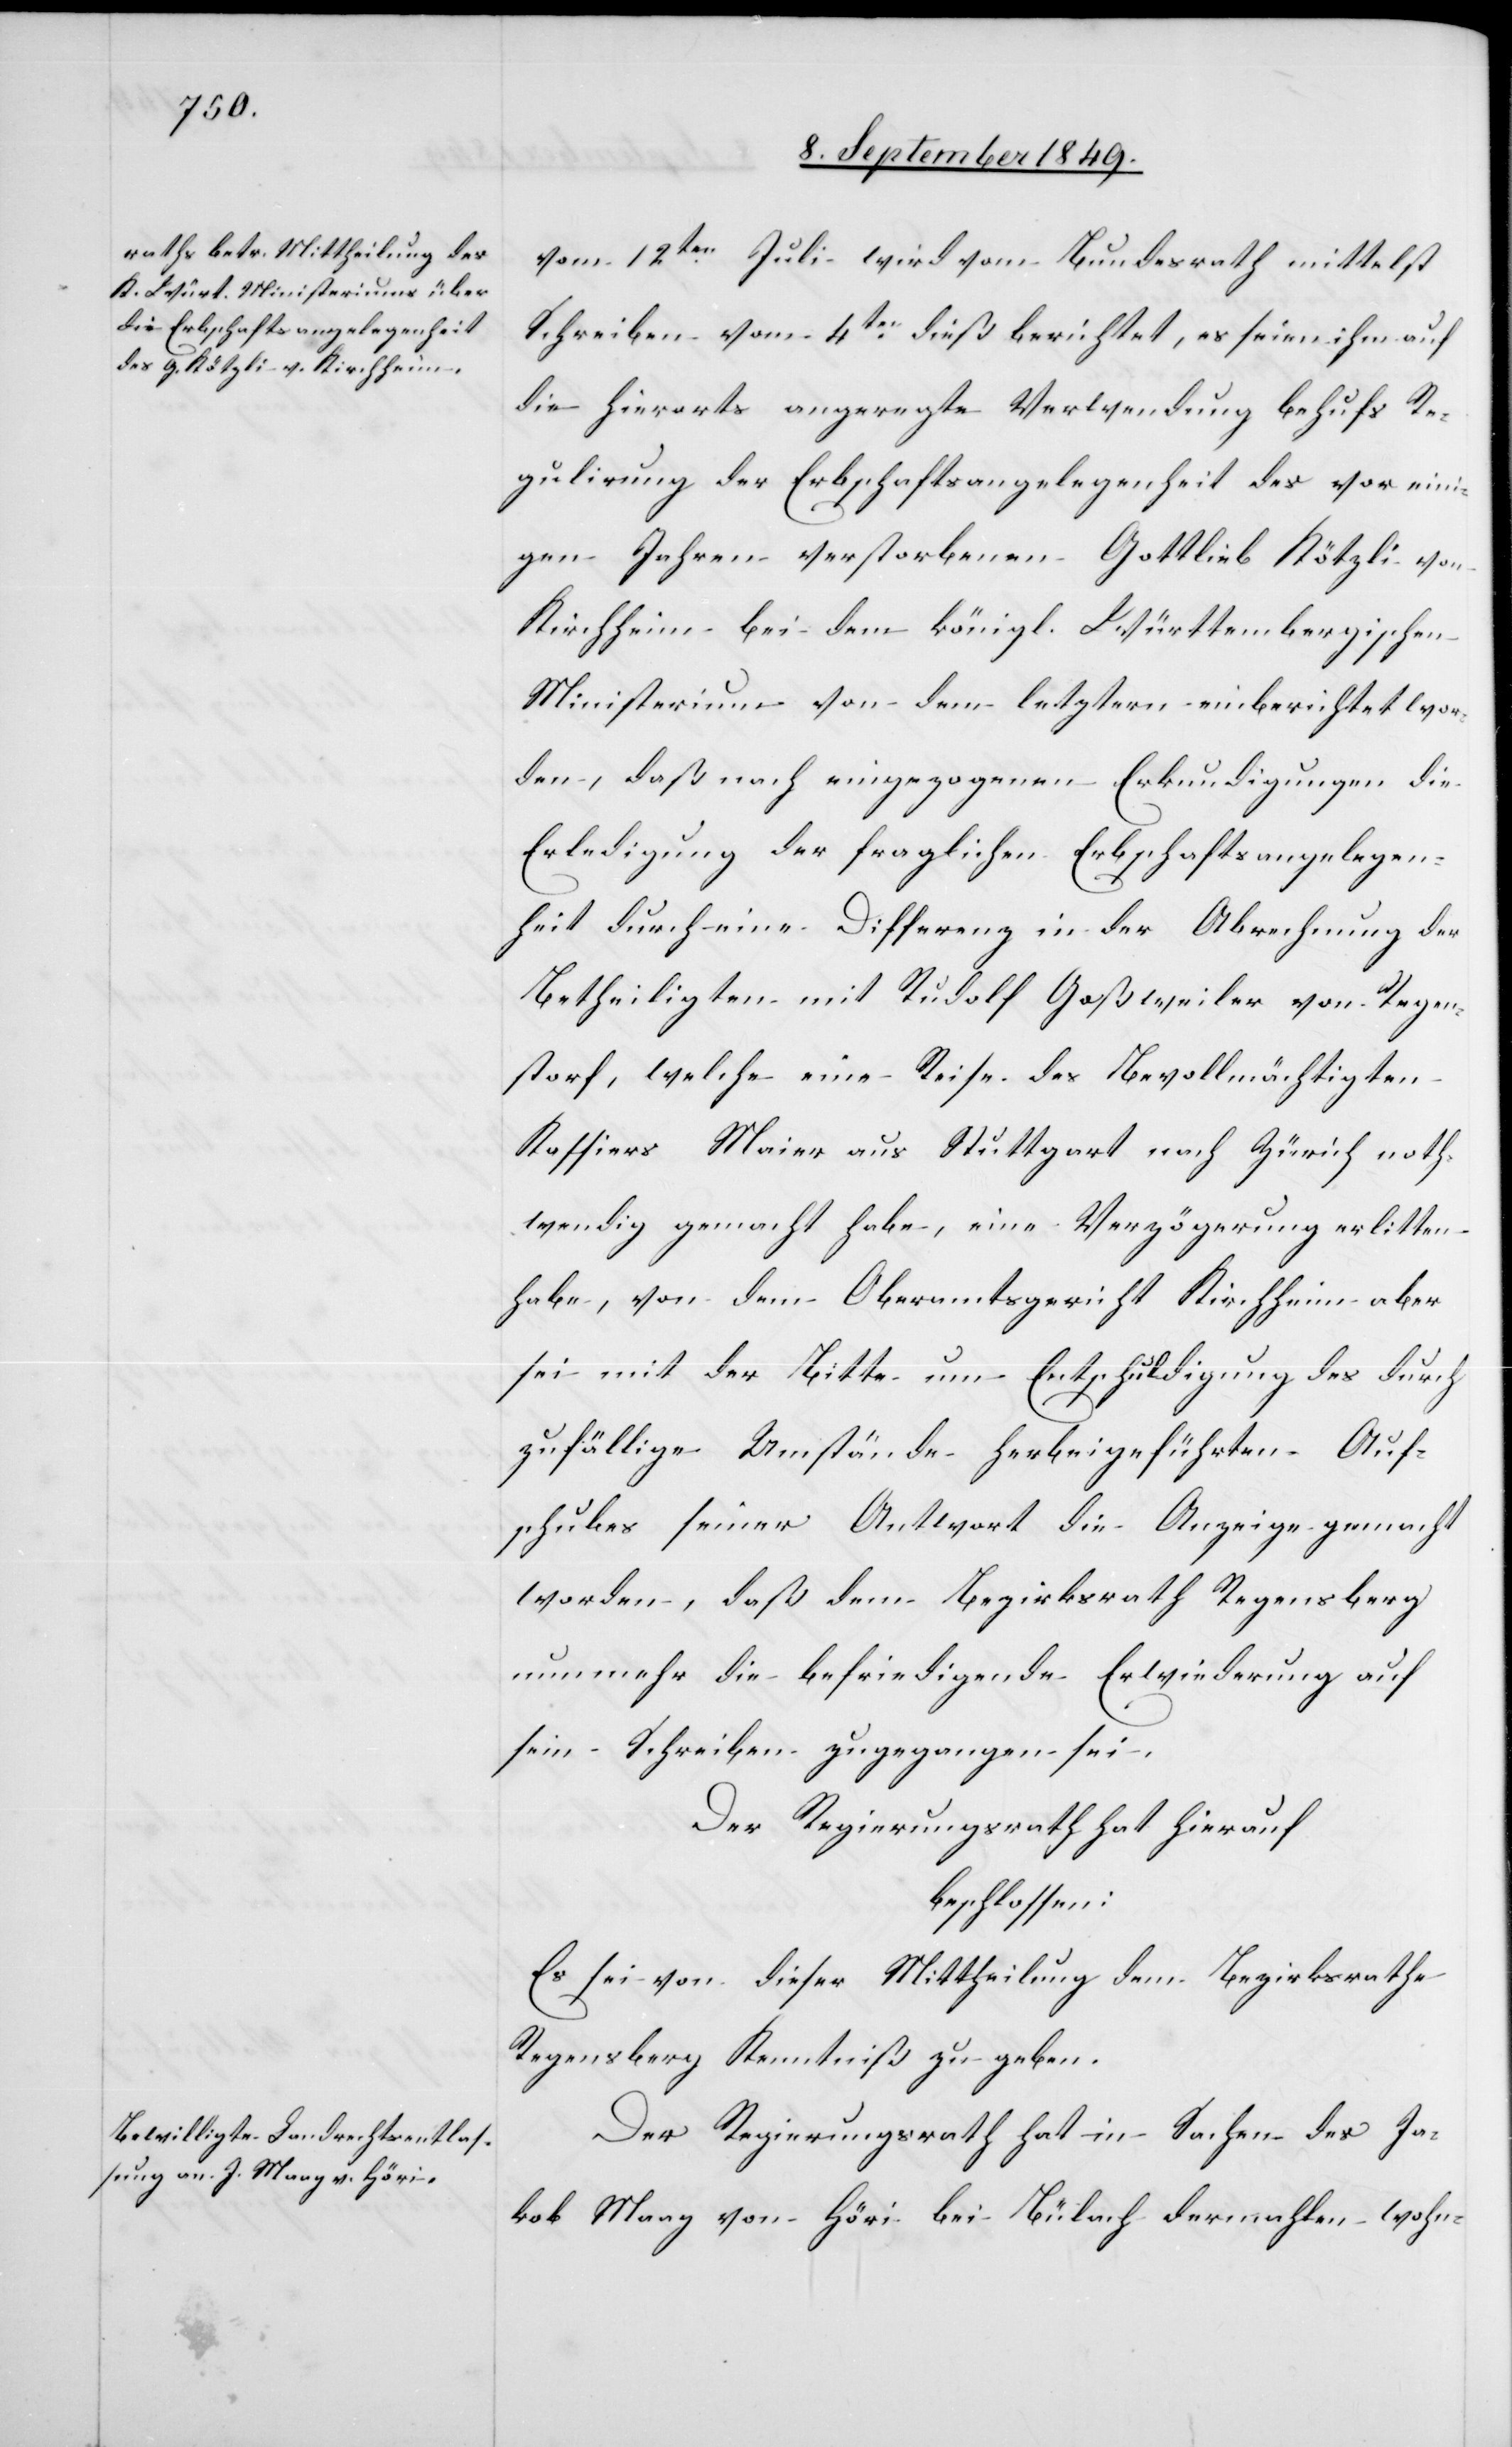
vom 12ten Juli wird vom Bundesrath mittelst
Schreiben vom 4ten dieß berichtet, es seien ihm auf
die hierorts angeregte Verwendung behufs Re¬
gulirung der Erbschaftsangelegenheit des vor eini¬
gen Jahren verstorbenen Gottlieb Kötzli von
Kirchheim bei dem königl. Württembergischen
Ministerium von dem letztern einberichtet wor¬
den, daß nach eingezogenen Erkundigungen die
Erledigung der fraglichen Erbschaftsangelegen¬
heit durch eine Differenz in der Abrechnung der
Betheiligten mit Rudolf Goßweiler von Regen¬
storf, welche eine Reise des Bevollmächtigten
Kassiers Maier aus Stuttgart nach Zürich noth¬
wendig gemacht habe, eine Verzögerung erlitten
habe, von dem Oberamtsgericht Kirchheim aber
sei mit der Bitte um Entschuldigung des durch
zufälligen Umstände herbeigeführten Auf¬
schubes seiner Antwort die Anzeige gemacht
worden, daß dem Bezirksrath Regensberg
nunmehr die befriedigende Erwiederung auf
sein Schreiben zugegangen sei.
Der Regierungsrath hat hierauf
beschlossen:
Es sei von dieser Mittheilung dem Bezirksrathe
Regensberg Kenntniß zu geben.
Der Regierungsrath hat in Sachen des Ja¬
kob Maag von Höri bei Bülach dermahlen wohn-